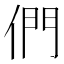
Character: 們